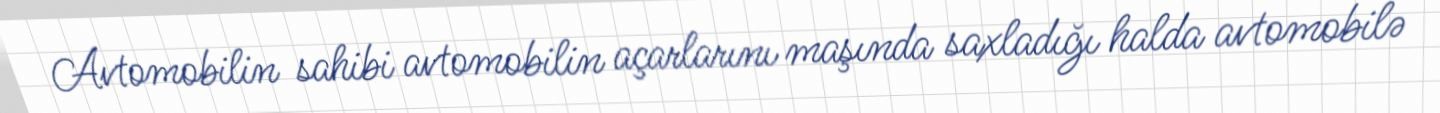
Avtomobilin sahibi avtomobilin açarlarını maşında saxladığı halda avtomobilə